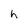
Character: h